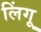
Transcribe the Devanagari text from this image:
लिंगू